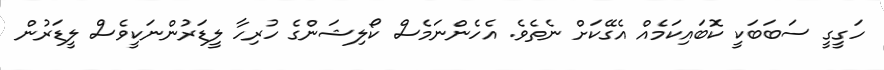
ހަގީގީ ސަބަބަކީ ކޮބައިކަމެއް އެގޭކަށް ނެތެވެ. އެހެންނަމެސް ކޯލިޝަންގެ ހުރިހާ ލީޑަރުންނަކީވެސް ލީޑަރުން